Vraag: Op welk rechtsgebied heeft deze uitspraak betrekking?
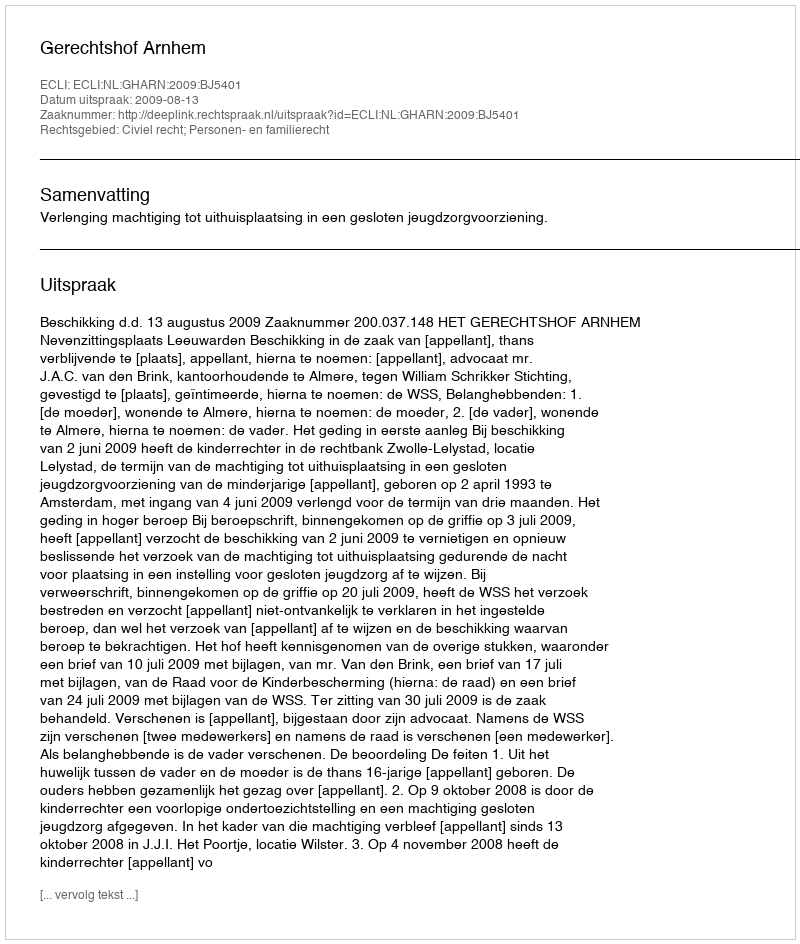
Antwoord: Civiel recht; Personen- en familierecht